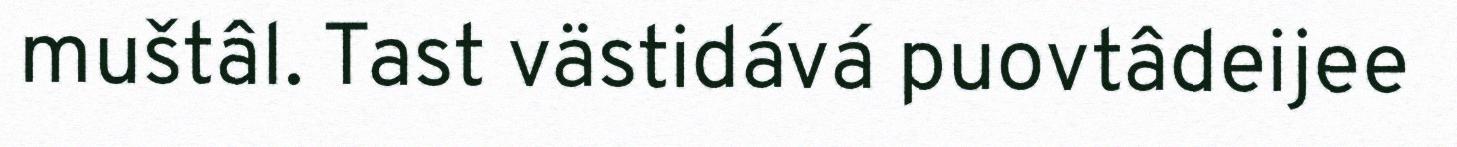
muštâl. Tast västidává puovtâdeijee